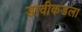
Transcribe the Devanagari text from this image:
डावीकडला